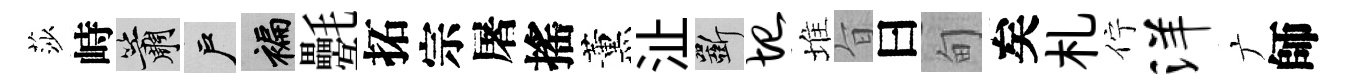
莎峙簫户褊氎拓宗屠搖薰沚斫圮堆旨曰甸矣札佇洋广師